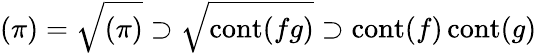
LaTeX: (\pi)={\sqrt{(\pi)}}\supset{\sqrt{\operatorname{cont}(fg)}}\supset\operatorname{cont}(f)\operatorname{cont}(g)